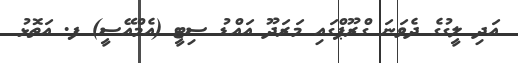
އަދި ލީގުގެ ދެވަނަ ގްރޫޕްގައި މަރަދޫ އައްޑު ސިޓީ (އެމްއޭސީ) ފ. އަތޮޅު